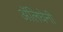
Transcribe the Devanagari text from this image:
अॅलिघेनी